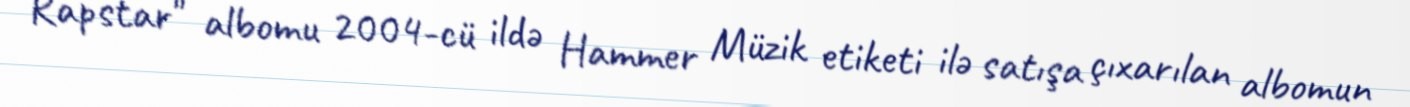
Rapstar" albomu 2004-cü ildə Hammer Müzik etiketi ilə satışa çıxarılan albomun